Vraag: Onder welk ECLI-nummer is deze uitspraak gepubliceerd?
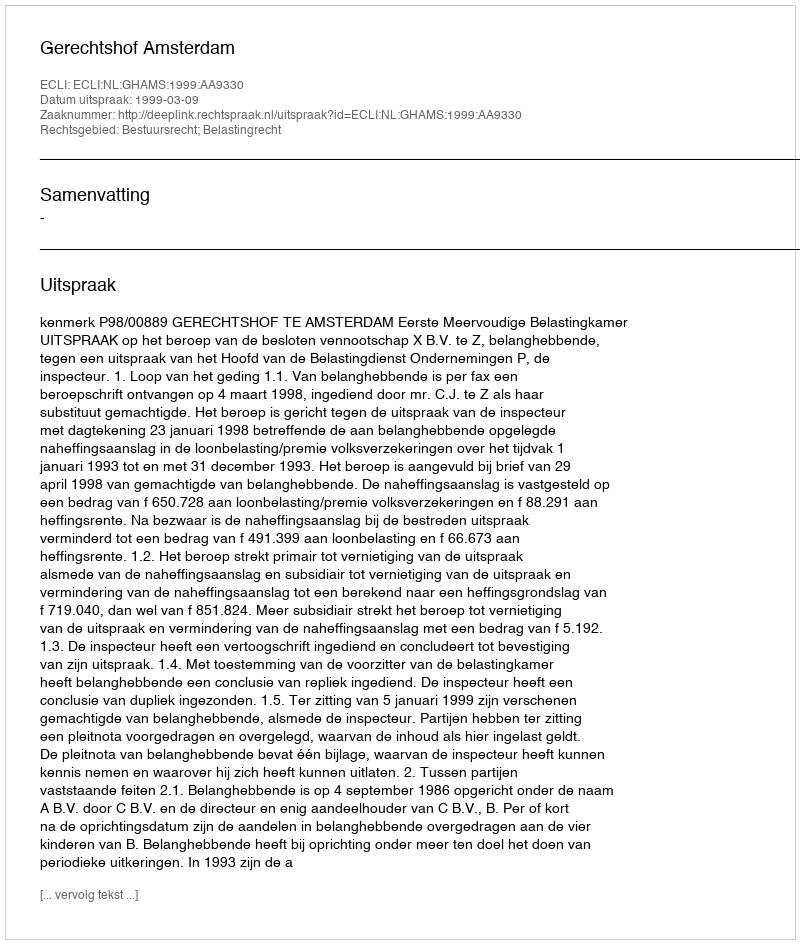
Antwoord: ECLI:NL:GHAMS:1999:AA9330